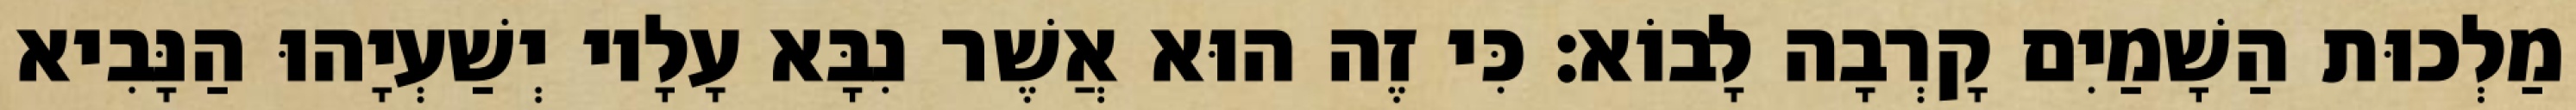
מַלְכוּת הַשָׁמַיִם קָרְבָה לָבוֹא׃ כִּי זֶה הוּא אֲשֶׁר נִבָּא עָלָיו יְשַׁעְיָהוּ הַנָּבִיא